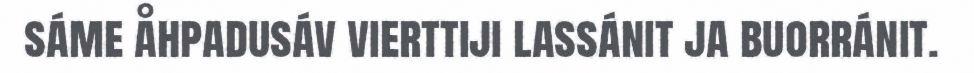
sáme åhpadusáv vierttiji lassánit ja buorránit.